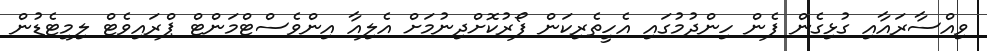
ވިއްސާރައާއި ގުޅިގެން ފެން ހިންދުމުގައި އެހީތެރިކަން ފޯރުކޮށްދިނުމަށް އެލިއާ އިންވެސްޓްމަންޓް ޕްރައިވެޓް ލިމިޓެޑުން